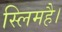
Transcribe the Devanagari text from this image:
स्लिमहै।